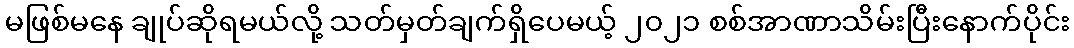
မဖြစ်မနေ ချုပ်ဆိုရမယ်လို့ သတ်မှတ်ချက်ရှိပေမယ့် ၂၀၂၁ စစ်အာဏာသိမ်းပြီးနောက်ပိုင်း